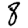
Digit: 8